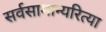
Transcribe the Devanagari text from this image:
सर्वसामान्यरित्या